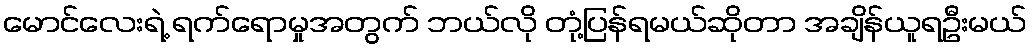
မောင်လေးရဲ့ ရက်ရောမှုအတွက် ဘယ်လို တုံ့ပြန်ရမယ်ဆိုတာ အချိန်ယူရဦးမယ်